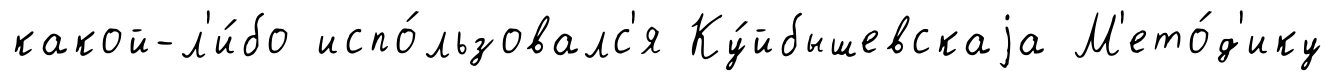
какой-л'и́бо испо́льзовалс'я Ку́йбышевскаjа М'ето́д'ику